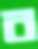
ব